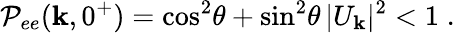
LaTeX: {\cal P}_{ee}({\mathbf k},0^{+})=\cos^{2}\! \theta+\sin^{2}\! \theta\, |U_{\mathbf k}|^{2}<1\; .